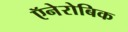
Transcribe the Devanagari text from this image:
ऍनेरोबिक